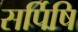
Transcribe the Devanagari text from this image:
सर्पिषि